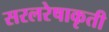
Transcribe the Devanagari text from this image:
सरलरेषाकृती